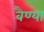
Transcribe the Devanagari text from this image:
वैण्या